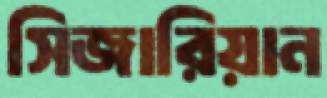
সিজারিয়ান